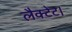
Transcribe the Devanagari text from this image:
लैक्टेट।